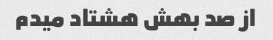
از صد بهش هشتاد میدم